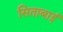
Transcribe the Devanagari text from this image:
सिताबाई